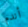
أندم